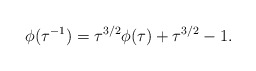
\begin{align*}\phi (\tau^{-1}) = \tau^{3/2} \phi (\tau) + \tau^{3/2} - 1.\end{align*}